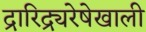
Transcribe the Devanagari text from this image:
द्रारिद्र्यरेषेखाली